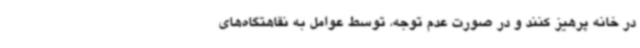
در خانه پرهیز کنند و در صورت عدم توجه، توسط عوامل به نقاهتگاه‌های